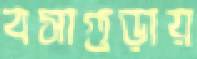
বসাগুড়ায়